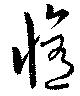
修